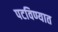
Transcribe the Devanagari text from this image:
पटविण्यात